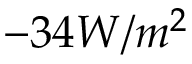
- 3 4 W / m ^ { 2 }